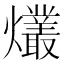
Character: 爜